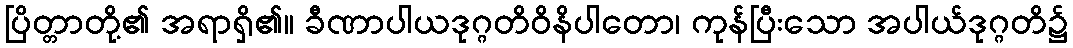
ပြိတ္တာတို့၏ အရာရှိ၏။ ခီဏာပါယဒုဂ္ဂတိဝိနိပါတော၊ ကုန်ပြီးသော အပါယ်ဒုဂ္ဂတိ၌